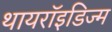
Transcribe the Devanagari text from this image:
थायरॉइडिज्म